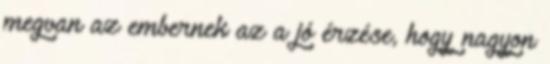
megvan az embernek az a jó érzése, hogy nagyon